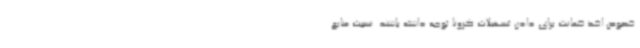
خصوص اخذ ضمانت برای دادن تسهیلات کرونا توجه داشته باشند. نسبت منابع